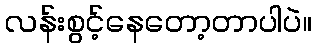
လန်းစွင့်နေတော့တာပါပဲ။